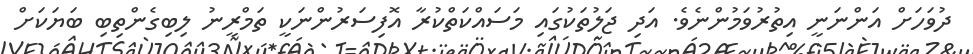
ދުވަހަށް އަންނަނީ އިތުރުވަމުންނެވެ. އަދި ޖަލުތަކުގައި މަސައްކަތްކުރާ އޮފިސަރުންނަކީ ތަމްރީނު ލިބިގެންތިބި ބަޔަކަށް